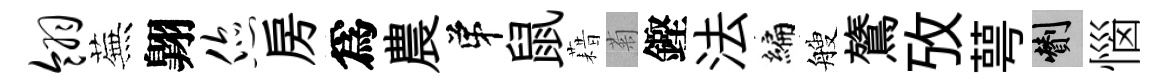
翎蕪翺您房爲農弟鼠藉菊鏗法编艘鷟攷萼剪惱